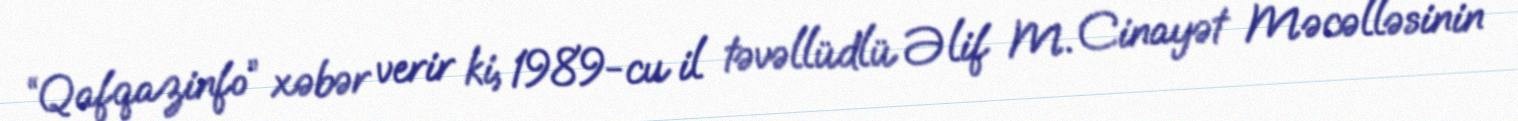
“Qafqazinfo” xəbər verir ki, 1989-cu il təvəllüdlü Əlif M. Cinayət Məcəlləsinin